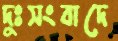
দুঃসংবাদে